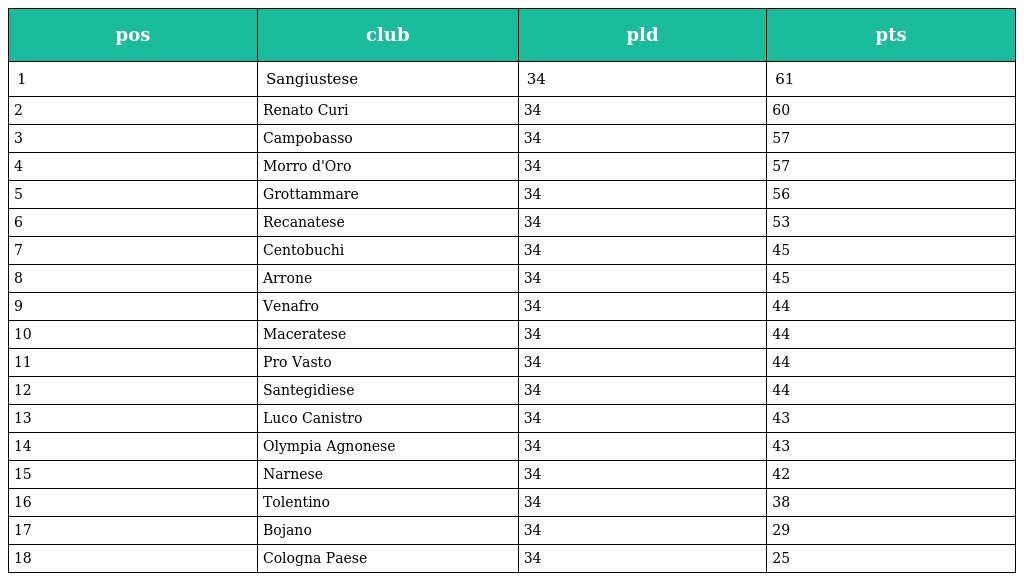
| pos | club | pld | pts |
 | --- | --- | --- | --- |
 | 1 | Sangiustese | 34 | 61 |
 | 2 | Renato Curi | 34 | 60 |
 | 3 | Campobasso | 34 | 57 |
 | 4 | Morro d'Oro | 34 | 57 |
 | 5 | Grottammare | 34 | 56 |
 | 6 | Recanatese | 34 | 53 |
 | 7 | Centobuchi | 34 | 45 |
 | 8 | Arrone | 34 | 45 |
 | 9 | Venafro | 34 | 44 |
 | 10 | Maceratese | 34 | 44 |
 | 11 | Pro Vasto | 34 | 44 |
 | 12 | Santegidiese | 34 | 44 |
 | 13 | Luco Canistro | 34 | 43 |
 | 14 | Olympia Agnonese | 34 | 43 |
 | 15 | Narnese | 34 | 42 |
 | 16 | Tolentino | 34 | 38 |
 | 17 | Bojano | 34 | 29 |
 | 18 | Cologna Paese | 34 | 25 |